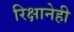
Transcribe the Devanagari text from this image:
रिक्षानेही